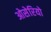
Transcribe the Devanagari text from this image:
ओसेरियो